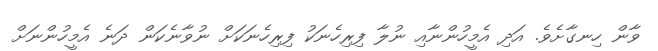
ވާން ހިނގާށެވެ. އަދި އެމީހުންނާއި ނުލާ ފިރިހެނަކު ފިރިހެނަކަށް ނުވާނެކަން ދަނެ އެމީހުންނަށް